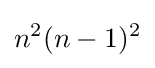
n^{2}(n-1)^{2}